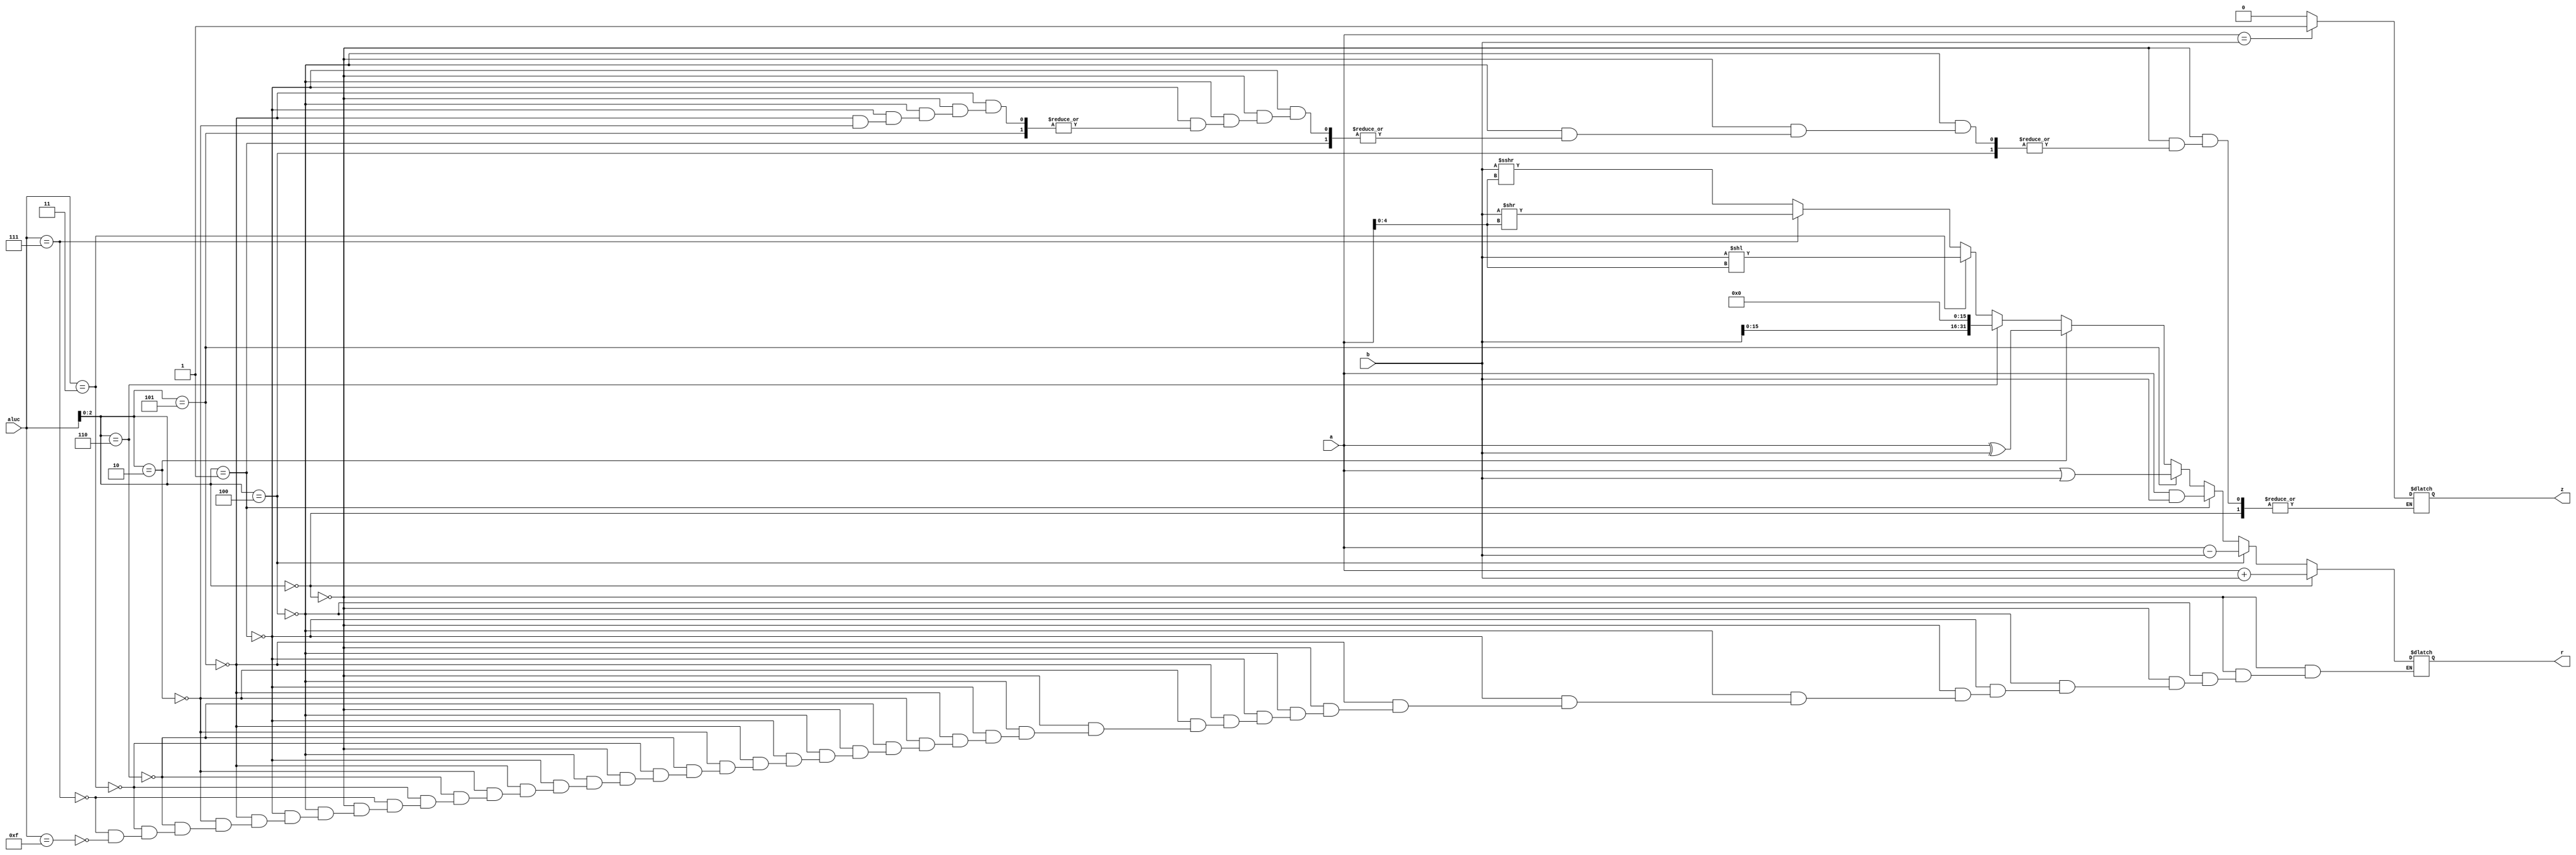
`timescale 1ns / 1ps
//////////////////////////////////////////////////////////////////////////////////
// Company: 
// Engineer: 
// 
// Design Name: 
// Module Name: alu
// Project Name: 
// Target Devices: 
// Tool Versions: 
// Description: 
// 
// Dependencies: 
// 
// Revision:
// Revision 0.01 - File Created
// Additional Comments:
// 
//////////////////////////////////////////////////////////////////////////////////


module alu(a, b, aluc, z, r);
    input [31:0] a;
    input [31:0] b;
    input [3:0] aluc;
    output reg z;
    output reg [31:0] r;
    
    integer temp;
    
    always @*
    begin
        if(aluc[2:0] == 3'b000)
        begin
            //add them
            r = a + b;
        end
        else if(aluc[2:0] == 4'b100)
        begin
            //subtract them
            r = a - b;
        end
        else if(aluc[2:0] == 3'b001)
        begin
            //and them
            r = a & b;
        end
        else if(aluc[2:0] == 3'b101)
        begin
            //or them
            r = a | b;
        end
        else if(aluc[2:0] == 3'b010)
        begin
            //xor them
            r = a ^ b;
            if(a == b)
                z = 1;
            else
                z = 0;
        end
        else if(aluc[2:0] == 3'b110)
        begin
            //load upper immediate
            r = b << 16;
        end
        else if(aluc == 4'b0011)
        begin
            //shift left logical
            r = b << a[4:0]; //shifts b left by the number specified in the low 5 bits of a and stores in r
        end
        else if(aluc == 4'b0111)
        begin
            //shift right logical
            r = b >> a[4:0]; //same as sll but right
        end
        else if(aluc == 4'b1111)
        begin
            //shift right arithmetic
            //temp = b[31];
            r = b >>> a[4:0];
            //r[31] = temp;
        end
        
    end

endmodule